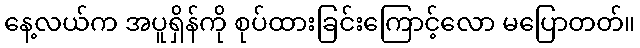
နေ့လယ်က အပူရှိန်ကို စုပ်ထားခြင်းကြောင့်လော မပြောတတ်။